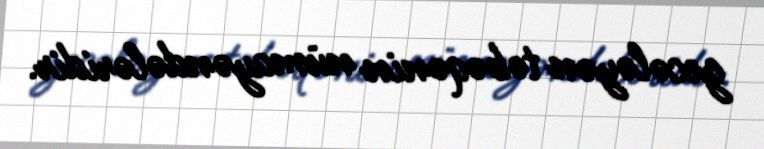
gecələyən təbəqənin nümayəndələridir.